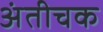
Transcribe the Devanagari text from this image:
अंतीचक